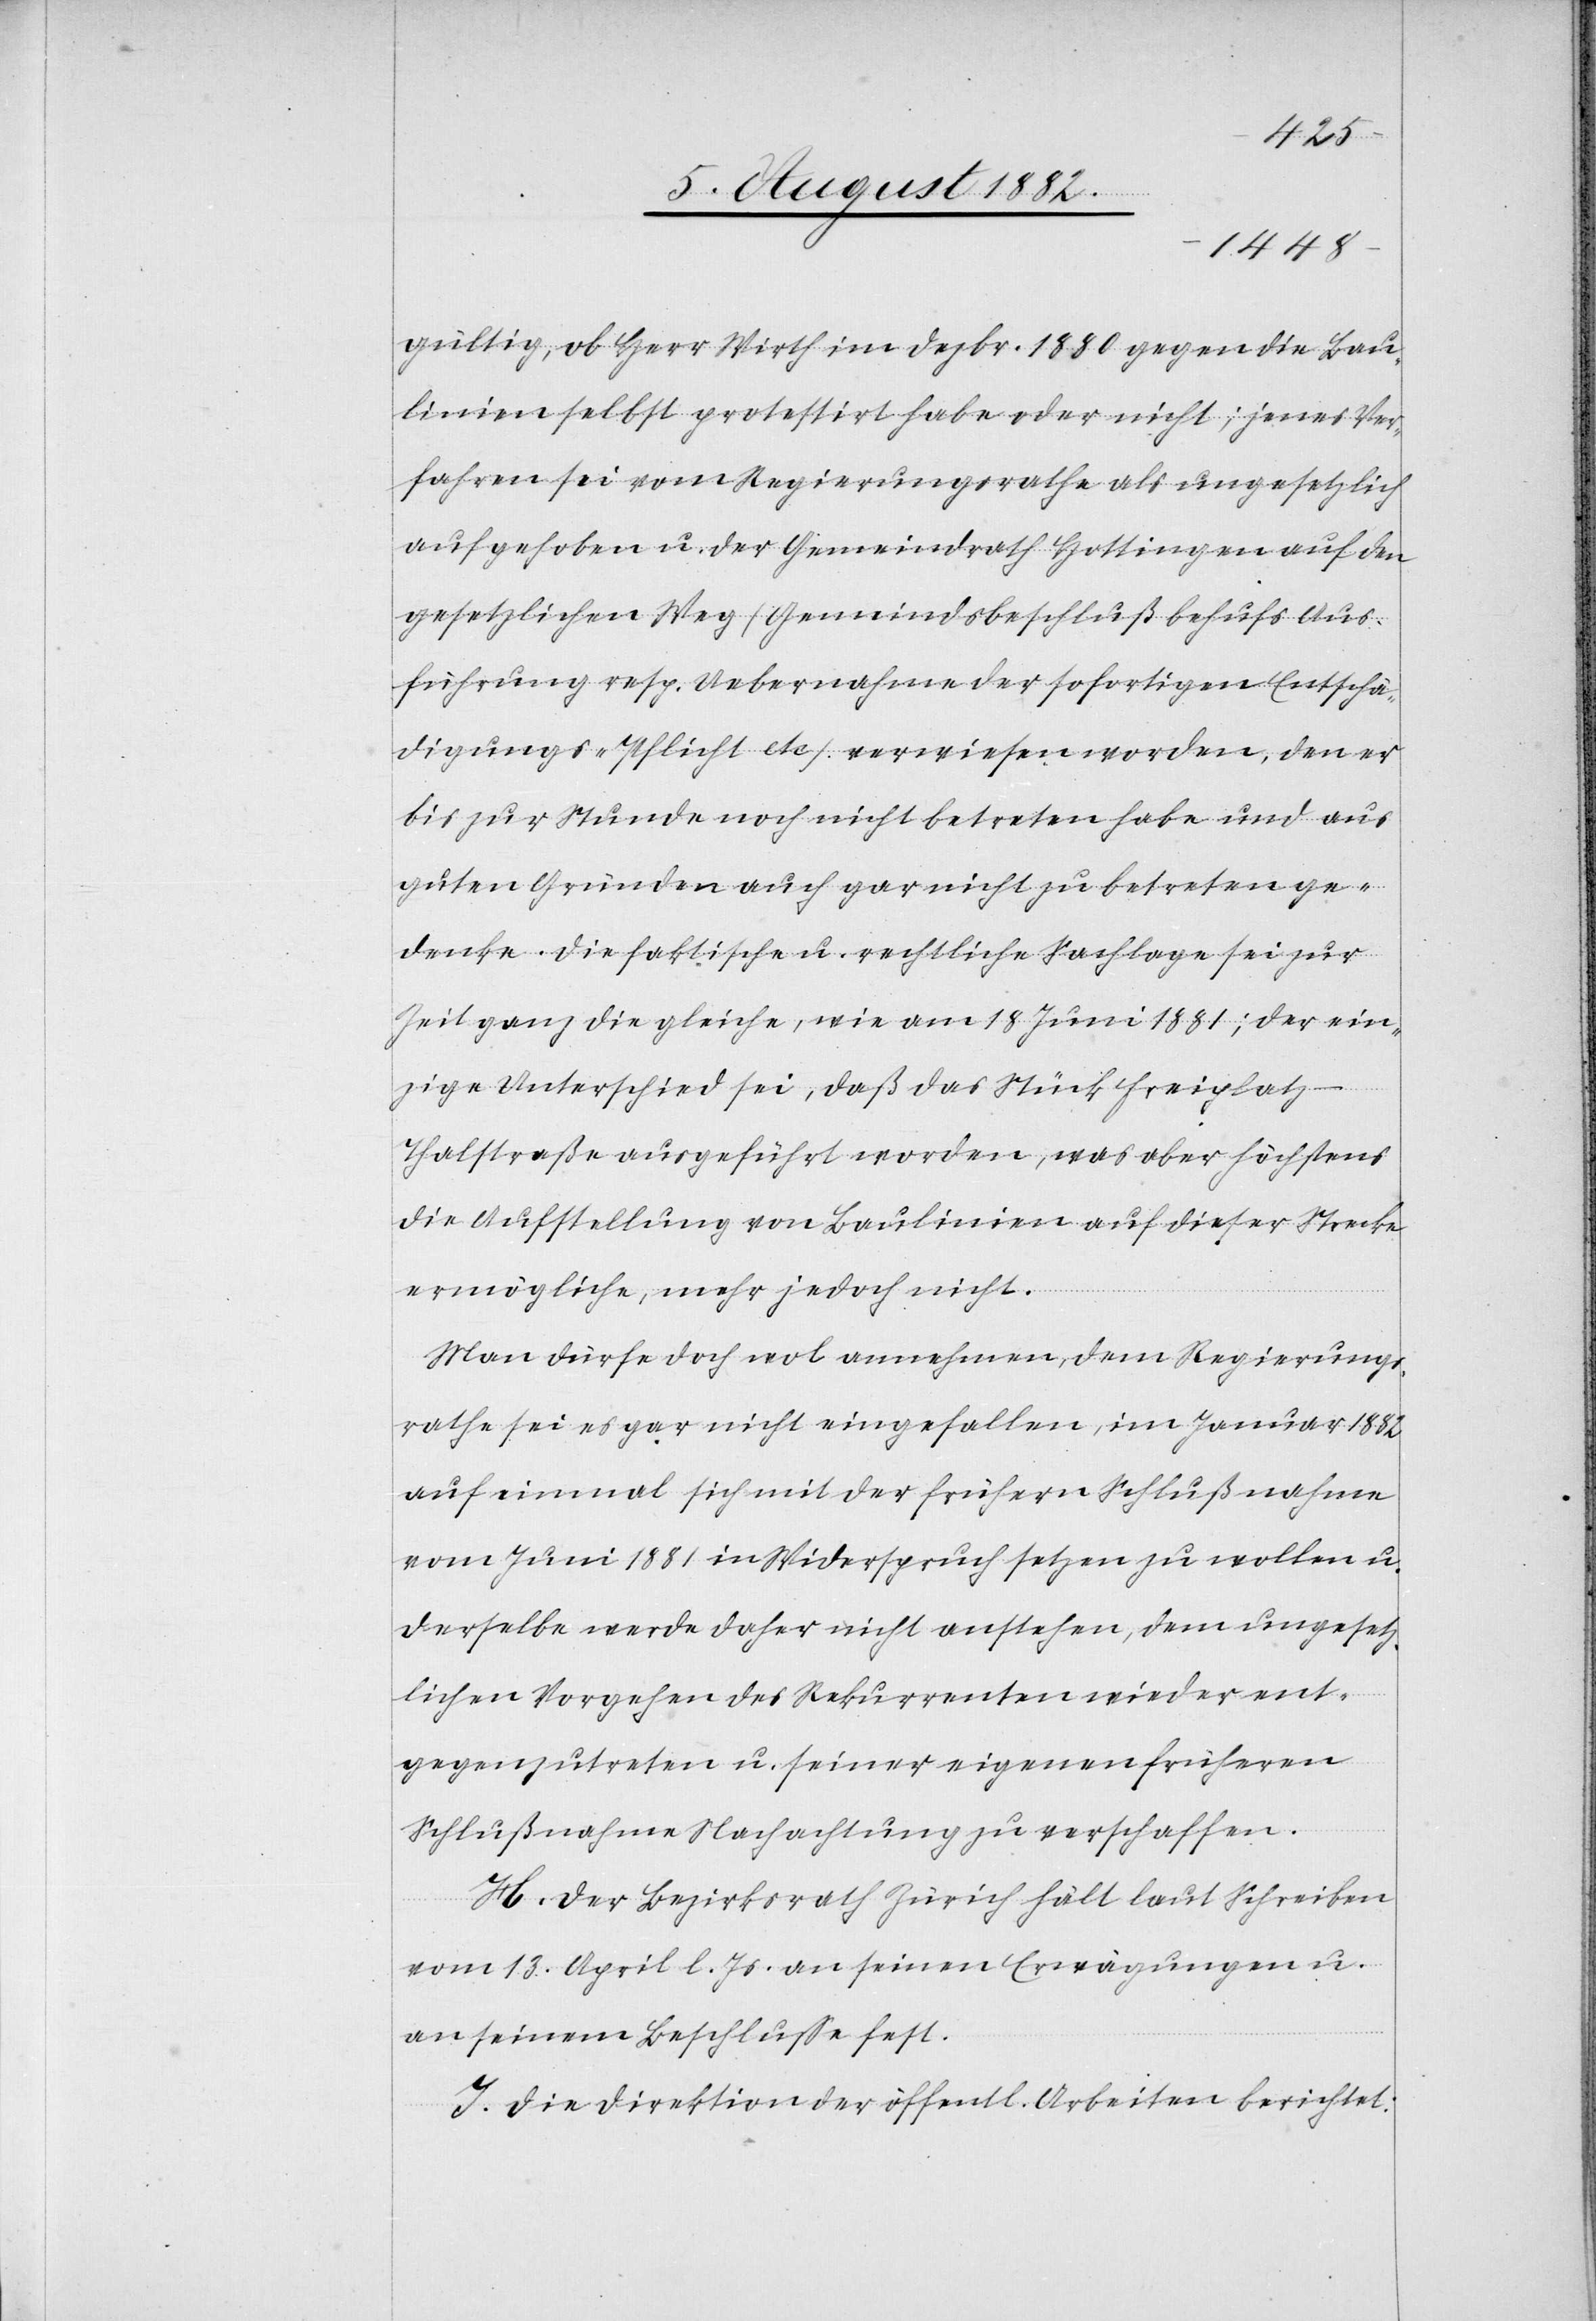
gültig, ob Herr Wirth im Dezbr. 1880 gegen die Bau¬
linien selbst protestirt habe oder nicht; jenes Ver¬
fahren sei vom Regierungsrathe als ungesetzlich
aufgehoben u. der Gemeindrath Hottingen auf den
gesetzlichen Weg (Gemeindebeschluß behufs Aus¬
führung resp. Uebernahme der sofortigen Entschä¬
digungs-Pflicht etc.) verwiesen worden, den er
bis zur Stunde noch nicht betreten habe und aus
guten Gründen auch gar nicht zu betreten ge¬
denke. Die faktische u. rechtliche Sachlage sei zur
Zeit ganz die gleiche, wie am 18. Juni 1881; der ein¬
zige Unterschied sei, daß das Stück Freiplatz–T¬
halstraße ausgeführt worden, was aber höchstens
die Aufstellung von Baulinien auf dieser Strecke
ermögliche, mehr jedoch nicht.
Man dürfe doch wol annehmen, dem Regierungs¬
rathe sei es gar nicht eingefallen, im Januar 1882
auf einmal sich mit der frühern Schlußnahme
vom Juni 1881 in Widerspruch setzen zu wollen u.
derselbe werde daher nicht anstehen, dem ungesetz¬
lichen Vorgehen des Rekurrenten wieder ent¬
gegenzutreten u. seiner eigenen früheren
Schlußnahme Nachachtung zu verschaffen.
H. Der Bezirksrath Zürich hält laut Schreiben
vom 13. April l. Js. an seinen Erwägungen u.
an seinem Beschluße fest.
I. Die Direktion der öffentl. Arbeiten berichtet: